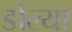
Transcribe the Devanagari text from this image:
डोल्या